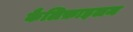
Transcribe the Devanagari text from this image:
कैलिफ़ाइलम